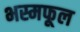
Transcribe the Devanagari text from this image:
भस्मफूल